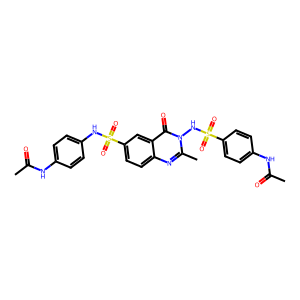
SMILES: CC(=O)Nc1ccc(NS(=O)(=O)c2ccc3nc(C)n(NS(=O)(=O)c4ccc(NC(C)=O)cc4)c(=O)c3c2)cc1
Inhibits HIV replication: No